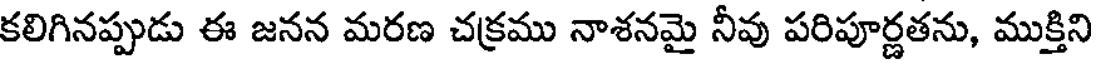
కలిగినప్పుడు ఈ జనన మరణ చక్రము నాశనమై నీవు పరిపూర్ణతను, ముక్తిని